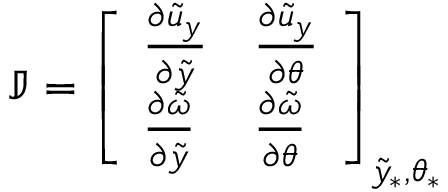
{ \mathbb J } = \left[ \begin{array} { l l } { \frac { \partial \tilde { u } _ { y } } { \partial \tilde { y } } } & { \frac { \partial \tilde { u } _ { y } } { \partial \theta } } \\ { \frac { \partial \tilde { \omega } } { \partial \tilde { y } } } & { \frac { \partial \tilde { \omega } } { \partial \theta } } \end{array} \right] _ { \tilde { y } _ { \ast } , \theta _ { \ast } }